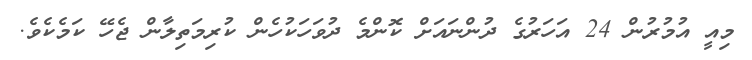
މިއީ އުމުރުން 24 އަހަރުގެ ދުންނައަށް ކޮންމެ ދުވަހަކުހެން ކުރިމަތިލާން ޖެހޭ ކަމެކެވެ.